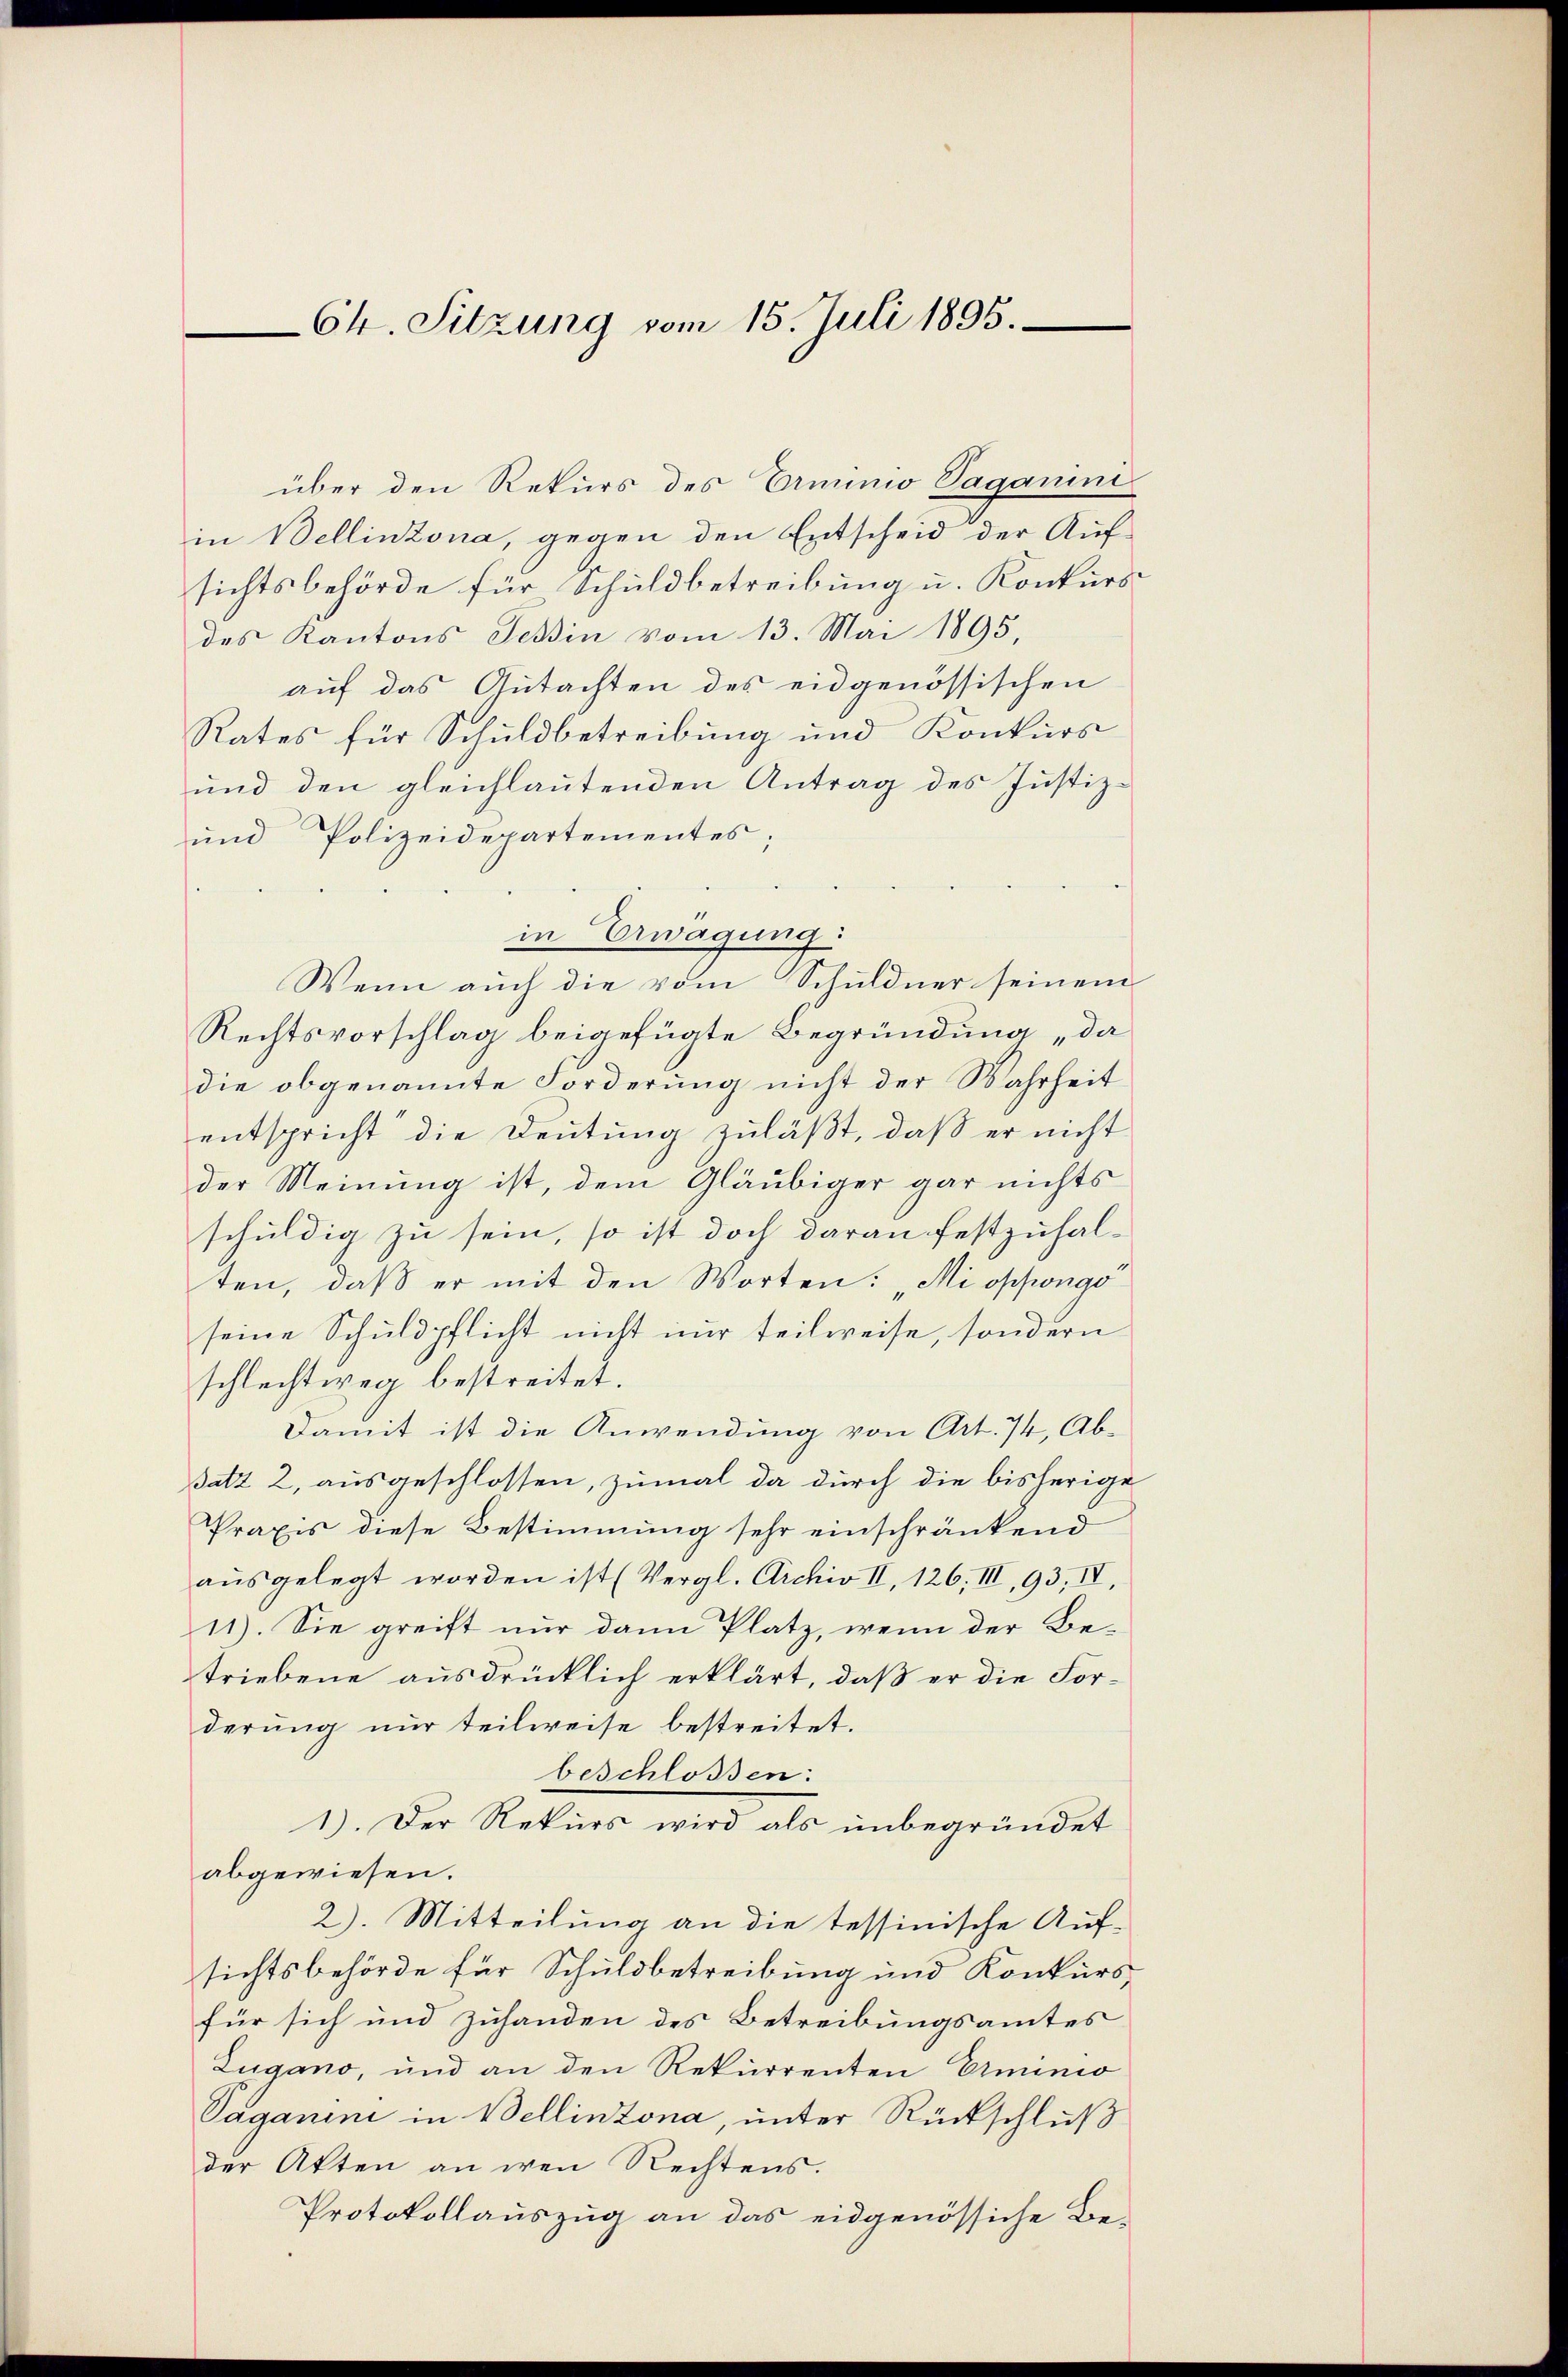
64. Sitzung vom 15. Juli 1895.

über den Rekurs des Erminio Saganini
in Bellinzona, gegen den Entscheid der Auf-
sichtsbehörde für Schuldbetreibung u. Konkurs-
des Kantons Tessin vom 13. Mai 1895,
auf das Gutachten des eidgenössischen
Rates für Schuldbetreibung und Konkurs
und den gleichlautenden Antrag des Justiz-
ŭnd Polizeidepartementes;
in Erwägung:
Wenn auch die vom Schuldner seinem
Rechtsvorschlag beigefügte Begründung „da
die obgenannte Forderung nicht der Wahrheit
entspricht die Deutung zuläßt, daß er nicht
der Meinung ist, dem Gläubiger gar nichts
schuldig zu sein, so ist doch daran festzuhal-
ten, daß er mit den Worten: „Mi oppongo
seine Schuldpflicht nicht nur teilweise, sondern
schlechtweg bestreitet.
Damit ist die Anwendung von Art. 74, Ab-
satz 2, ausgeschlossen, zumal da durch die bisherige
Praxis diese Bestimmung sehr einschränkend
aŭsgelegt worden ist (Vergl. Archiv II, 126. III, 93, IV,
11). Sie greift nur dann Platz, wenn der Betriebene ausdrücklich erklärt, daß er die Forderung nur teilweise bestreitet.
beschlossen:
1). Der Rekurs wird als unbegründet
abgewiesen.
2). Mitteilung an die tessinische Auf-
sichtsbehörde für Schuldbetreibung und Konkurs-
für sich und zuhanden des Betreibungsamtes
Zugano, und an den Rekurrenten Erminio
Paganini in Bellinzona, unter Rückschluß
der Akten an den Rechtens.
Protokollauszug an das eidgenössiche Be¬